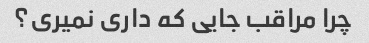
چرا مراقب جایی که داری نمیری؟